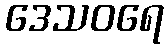
ဒေသဝရေ